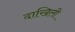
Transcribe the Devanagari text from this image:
दाखिली